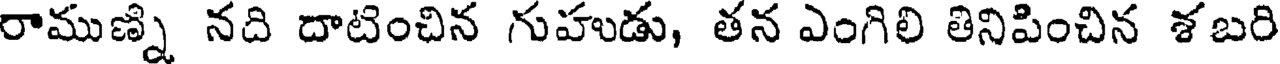
రాముణ్ని నది దాటించిన గుహుడు, తన ఎంగిలి తినిపించిన శబరి